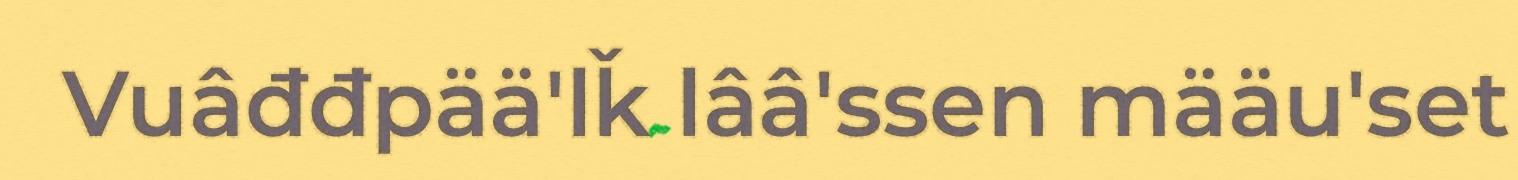
Vuâđđpää'lǩ lââ'ssen määu'set